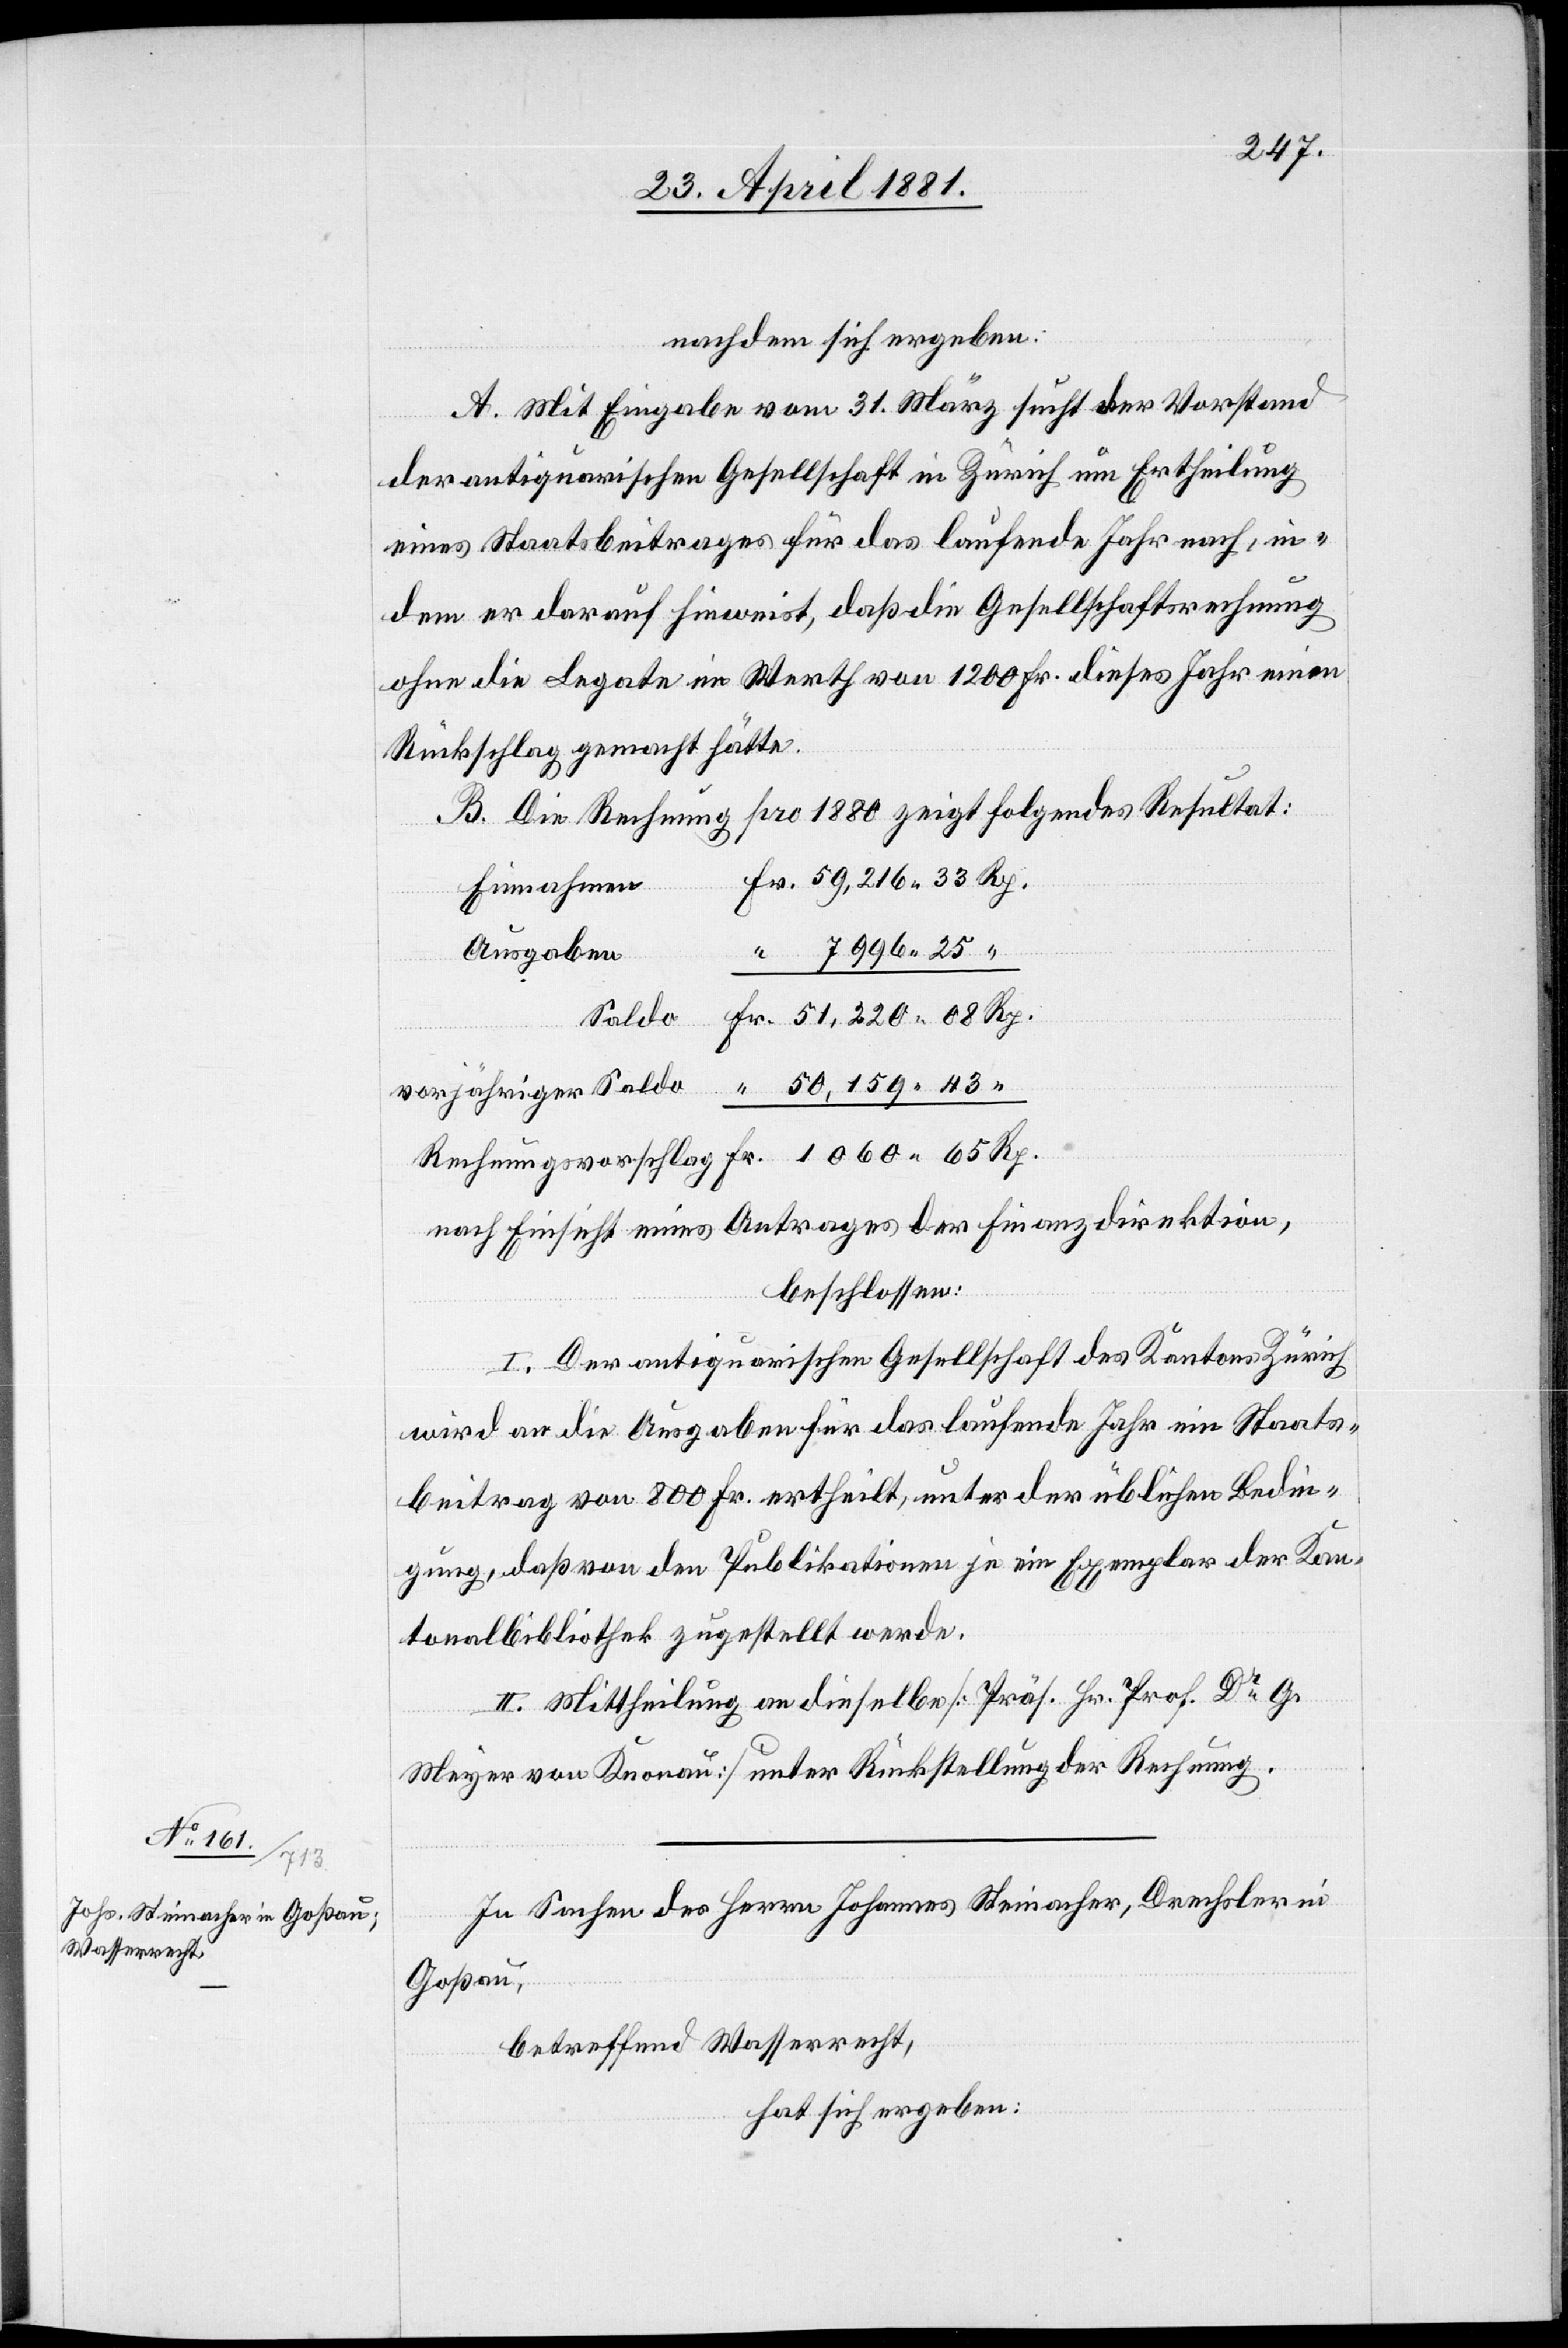
nachdem sich ergeben:
A. Nach Eingabe vom 31. März sucht der Vorstand
der antiquarischen Gesellschaft in Zürich um Ertheilung
eines Staatsbeitrages für das laufende Jahr nach, in¬
Rp.
dem er darauf hinweist, daß die Gesellschaftsrechnung
ohne die Legate im Werth von 1200 Fr. dieses Jahr einen
Rückschlag gemacht hätte.
B. Die Rechnung pro 1880 zeigt folgendes Resultat:
Einnahmen
7996 25
Ausgaben
Saldo
vorjähriger Saldo
nach Einsicht eines Antrages der Finanzdirektion,
beschlossen:
I. Der antiquarischen Gesellschaft des Kantons Zürich
wird die Ausgaben für das laufende Jahr ein Staats¬
beitrag von 800 Fr. ertheilt, unter der üblichen Bedin¬
gung, daß von den Publikationen je ein Exemplar der Kan¬
tonalbibliothek zugestellt werde.
II. Mittheilung an dieselbe [Präs. Hr. Prof. Dr G.
Meyer von Knonau] unter Rückstellung der Rechnung.
In Sachen des Herrn Johannes Steinacher, Drechsler in
Goßau,
betreffend Wasserrecht,
hat sich ergeben: